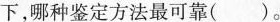
下，哪种鉴定方法最可靠()。